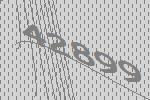
42899